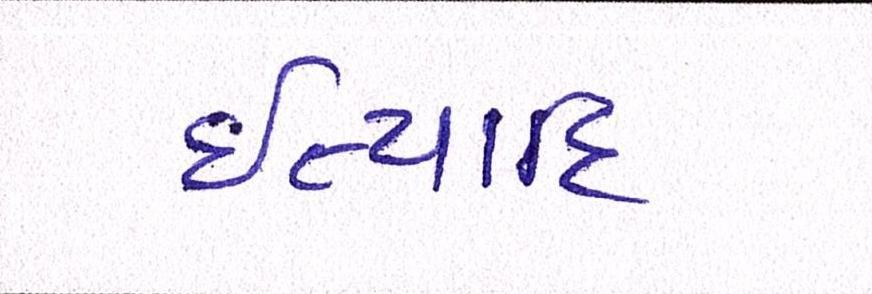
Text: ઈત્યાદિ